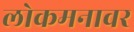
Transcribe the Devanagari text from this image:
लोकमनावर